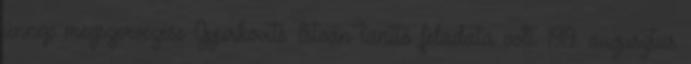
ünnep megszervezése Gyurkovits István tanító feladata volt. 1919. augusztus